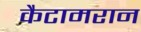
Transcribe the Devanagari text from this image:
कैटामरान